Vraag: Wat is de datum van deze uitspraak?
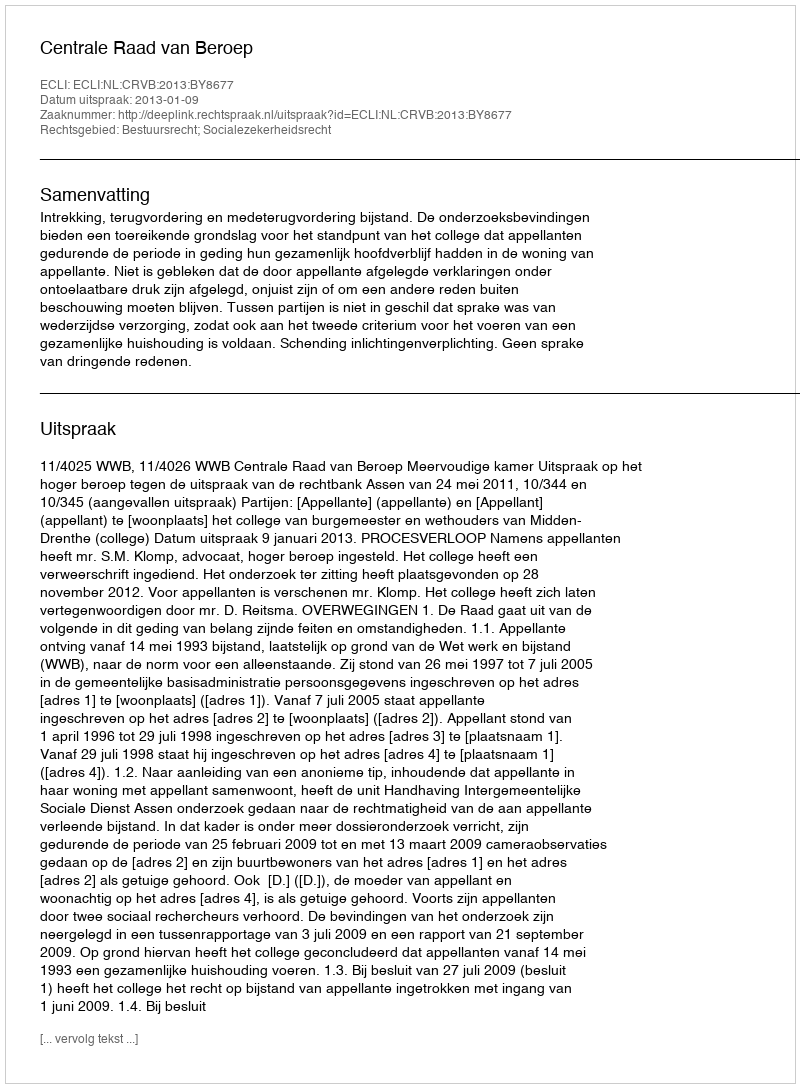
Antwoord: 2013-01-09